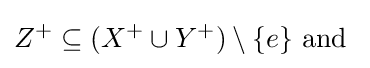
Z^{+}\subseteq (X^{+}\cup Y^{+})\setminus \{e\}{\text{ and }}